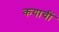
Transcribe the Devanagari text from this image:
कयाचीं